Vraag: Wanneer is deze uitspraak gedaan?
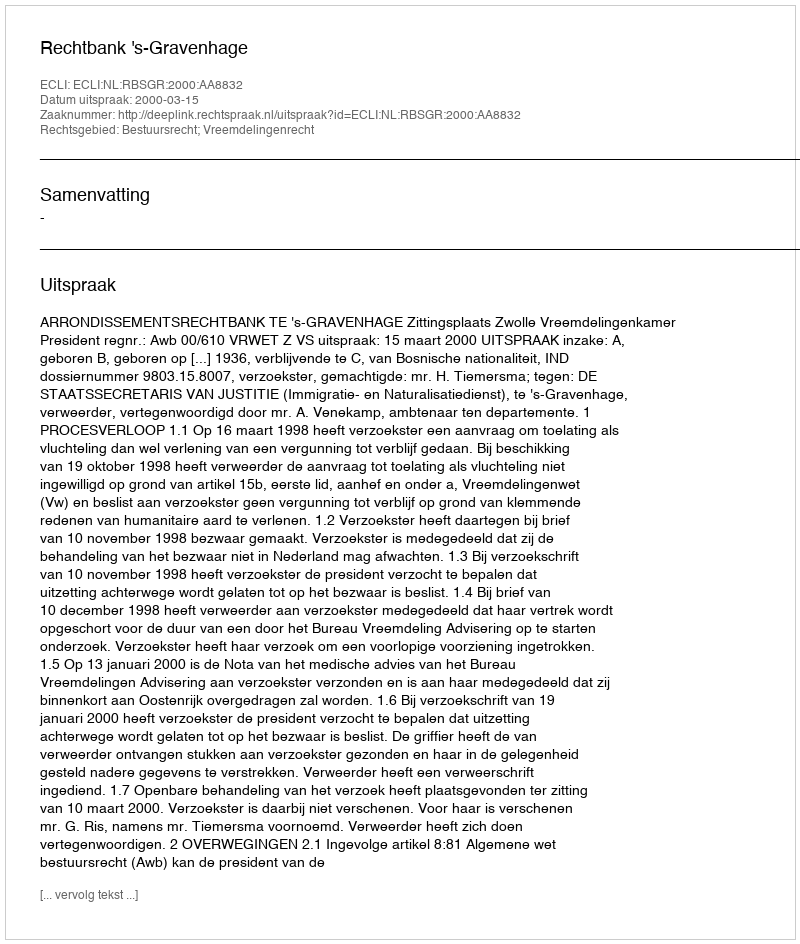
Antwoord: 2000-03-15